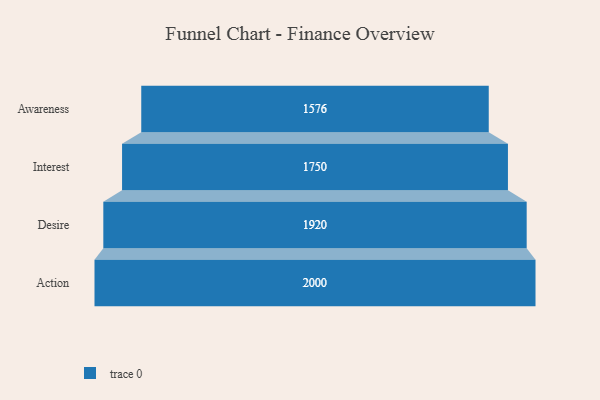
{"axis": {"x": "Stage", "y": "Value"}, "legend": [""], "data": [{"x": "Awareness", "y": 1576.0, "type": ""}, {"x": "Interest", "y": 1750.0, "type": ""}, {"x": "Desire", "y": 1920.0, "type": ""}, {"x": "Action", "y": 2000, "type": ""}]}